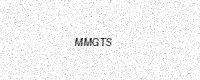
Text: MMGTS